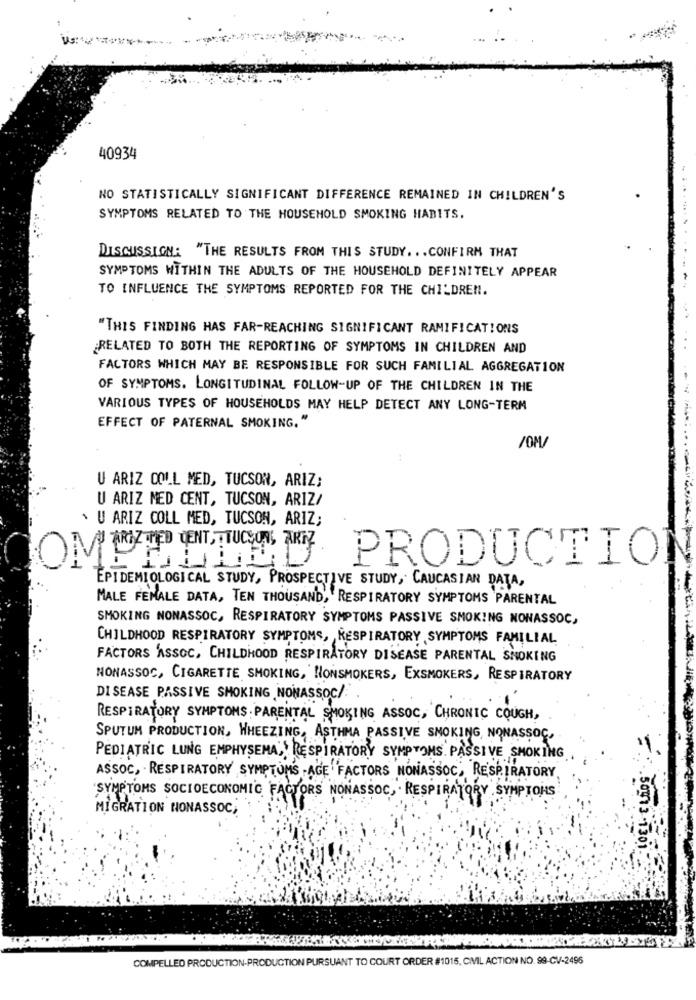
40934
NO STATISTICALLY SIGNIFICANT DIFFERENCE REMAINED IN CHILDREN'S
SYMPTOMS RELATED TO THE HOUSEHOLD SMOKING HABITS.
DISCUSSIGNA "THE RESULTS FROM THIS STUDY. .. CONFIRM THAT
SYMPTOMS WITHIN THE ADULTS OF THE HOUSEHOLD DEFINITELY APPEAR
TO INFLUENCE THE SYMPTOMS REPORTED FOR THE CHILDREN.
"THIS FINDING HAS FAR-REACHING SIGNIFICANT RAMIFICATIONS
RELATED TO BOTH THE REPORTING OF SYMPTOMS IN CHILDREN AND
FACTORS WHICH MAY BE RESPONSIBLE FOR SUCH FAMILIAL AGGREGATION
OF SYMPTOMS. LONGITUDINAL FOLLOW-UP OF THE CHILDREN IN THE
VARIOUS TYPES OF HOUSEHOLDS MAY HELP DETECT ANY LONG-TERM
EFFECT OF PATERNAL SMOKING."
U ARIZ COIL MED, TUCSON, ARIZ;
U ARIZ MED CENT, TUCSON, ARIZ/
> U ARIZ COLL MED, TUCSON, ARIZ;
OMP+
PRODUCTIO
EPIDEMIOLOGICAL STUDY, PROSPECTIVE STUDY, CAUCASIAN DATA,
MALE FEMALE DATA, TEN THOUSAND, RESPIRATORY SYMPTOMS PARENTAL
SMOKING NONASSOC, RESPIRATORY SYMPTOMS PASSIVE SMOKING NONASSOC,
CHILDHOOD RESPIRATORY SYMPTOMS, RESPIRATORY SYMPTOMS FAMILIAL
FACTORS ASSOC, CHILDHOOD RESPIRATORY DISEASE PARENTAL SMOKING
NONASSOC, CIGARETTE SMOKING, NONSMOKERS, EXSMOKERS, RESPIRATORY
DISEASE PASSIVE SMOKING NONASSOC/
RESPIRATORY SYMPTOMS PARENTAL SMOKING ASSOC, CHRONIC COUGH,
SPUTUM PRODUCTION, WHEEZING, ASTHMA PASSIVE SMOKING, NONASSOG,
PEDIATRIC LUNG EMPHYSEMA, RESPIRATORY SYMPTOMS PASSIVE SMOKING
ASSOC, - RESPIRATORY SYMPTOMS -AGE FACTORS NONASSOC, RESPIRATORY
SYMPTOMS SOCIOECONOMIC FACTORS NONASSOC, RESPIRATORY SYMPTONS
MIGRATION NONASSOC,
.50973 .130
COMPELLED PRODUCTION-PRODUCTION PURSUANT TO COURT ORDER #1015, CMIL ACTION NO. 99-CV-2496